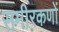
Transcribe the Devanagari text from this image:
समीरकणों